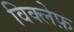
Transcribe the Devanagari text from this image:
विक्लेफ़